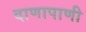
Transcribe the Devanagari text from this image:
दाणापाणी